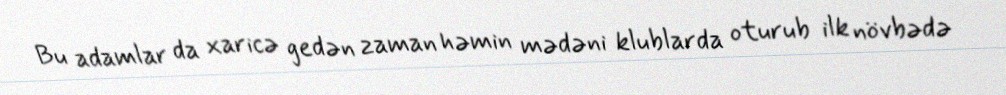
Bu adamlar da xaricə gedən zaman həmin mədəni klublarda oturub ilk növbədə